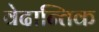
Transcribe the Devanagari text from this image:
वेदान्तिक